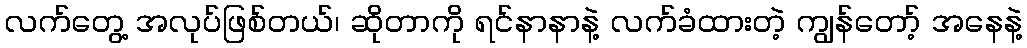
လက်တွေ့ အလုပ်ဖြစ်တယ်၊ ဆိုတာကို ရင်နာနာနဲ့ လက်ခံထားတဲ့ ကျွန်တော့် အနေနဲ့